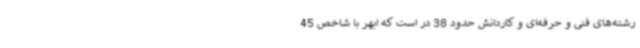
رشته‌های فنی و حرفه‌ای و کاردانش حدود 38 در است که ابهر با شاخص 45